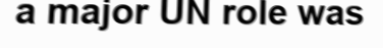
a major UN role was